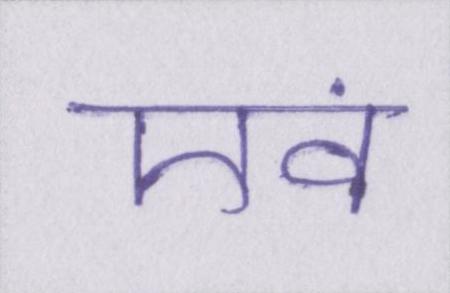
एवं